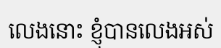
លេងនោះ ខ្ញុំបានលេងអស់